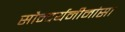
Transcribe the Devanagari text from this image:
सौन्दर्यमीमांसा